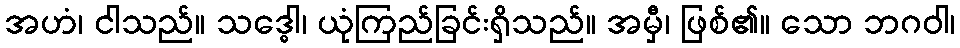
အဟံ၊ ငါသည်။ သဒ္ဓေါ၊ ယုံကြည်ခြင်းရှိသည်။ အမှီ၊ ဖြစ်၏။ သော ဘဂဝါ၊